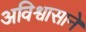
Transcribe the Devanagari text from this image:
अविश्वासाने